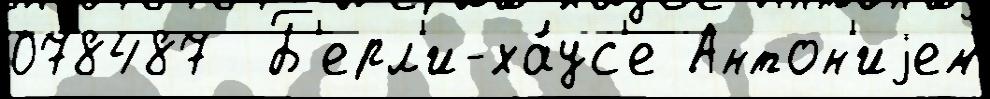
078487  Б'ерл'и-ха́ус'е Антон'иjем